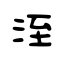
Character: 洷